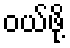
ဝယ်ဖို့